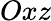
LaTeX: Oxz